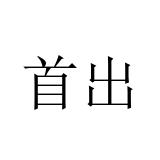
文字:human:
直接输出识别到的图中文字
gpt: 首出